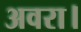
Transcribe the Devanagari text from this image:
अवरा।